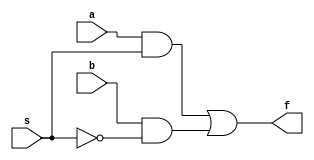
module mux2tol_gate(a, b, s, f);
	input a, b, s;
	output f;
	wire c, d, e;
	not n1(e, s);
	and a1(c, a, s);
	and a2(d, b, e);
	or o1(f, c, d);
endmodule

module mux2tol_df(a, b, s, f);
	input a,b,s;
	output f;
	assign f = s? a:b;
endmodule


module testbench;
	reg a1,b1,s1,a2,b2,s2,a3,b3,s3;
	wire f1,f2,f3;
	
	mux2tol_gate mux_gate (a1, b1, s1, f1);
	mux2tol_df mux_df (a2, b2, s2, f2); //each call needs a different instant name
	mux2tol_gate mux_gate1 (a3, b3, s3, f3);
	
	initial  //There should be only one initial block in a module
		begin
			$monitor (,$time, " a=%b, b=%b, sssss=%b, f=%b", a1, b1, s1, f1);
			#0 a1=1'b0; //monitor outputs to screen
			#2 s1=1'b1; //one bit of value 1 assigned to a
			#5 s1=1'b0;
			#10 a1=1'b1;b1=1'b0;
			#15 s1=1'b1;
			#20 s1=1'b0;

			$monitor (,$time, " a=%b, b=%b, sss=%b, f=%b", a2, b2, s2, f2);
			#0 a2=1'b0;
			#2 s2=1'b1;
			#5 s2=1'b0;
			#10 a2=1'b1;b2=1'b0;
			#15 s2=1'b1;
			#20 s2=1'b0;

			$monitor (,$time, " a=%b, b=%b, ssssssss=%b, f=%b", a3, b3, s3, f3);
			#0 a3=1'b0;
			#2 s3=1'b1;
			#5 s3=1'b0;
			#10 a3=1'b1;b3=1'b0;
			#15 s3=1'b1;
			#20 s3=1'b0;
			#300 $finish;
		end
	endmodule

// NOTES

// Set PATH=%PATH%;C:\iverilog\bin;
	
// #0 a = 4'b0000;
//	repeat(9)  repeats following statement 9 times
// #10 a =  a + 4'b0001

// Use assign to copy value from one register to the other